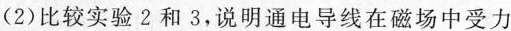
(2)比较实验2和3，说明通电导线在磁场中受力